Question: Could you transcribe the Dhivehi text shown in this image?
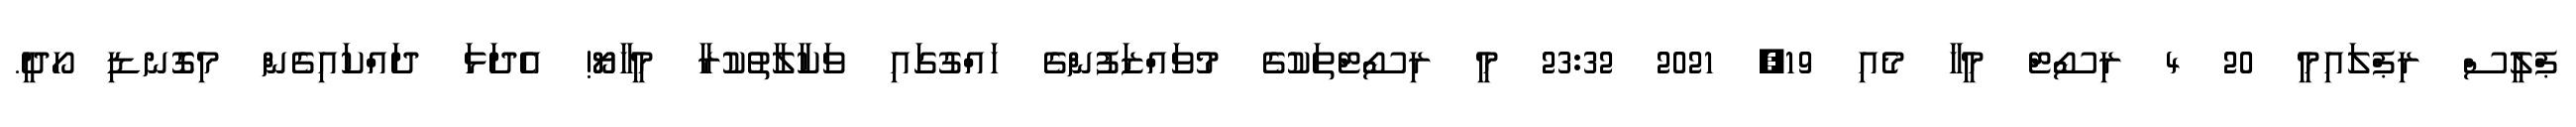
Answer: ޕްލީސް ރިޕްލައިމީ 20 4 ރިސޯޓް މީހާ މެއި 19, 2021 23:32 މީ ރިސޯޓްތަކުގެ މުވައްޒަފުންގެ ހައްގުގައި ވަކާލާތުކުރާ މީހާޔޯ! އެދަޅަ ދައްކައިގެން މިގޮނޑި ހޯދީ.